Sketch of the medical history of the native army of Bombay, for the year
Year: 1875
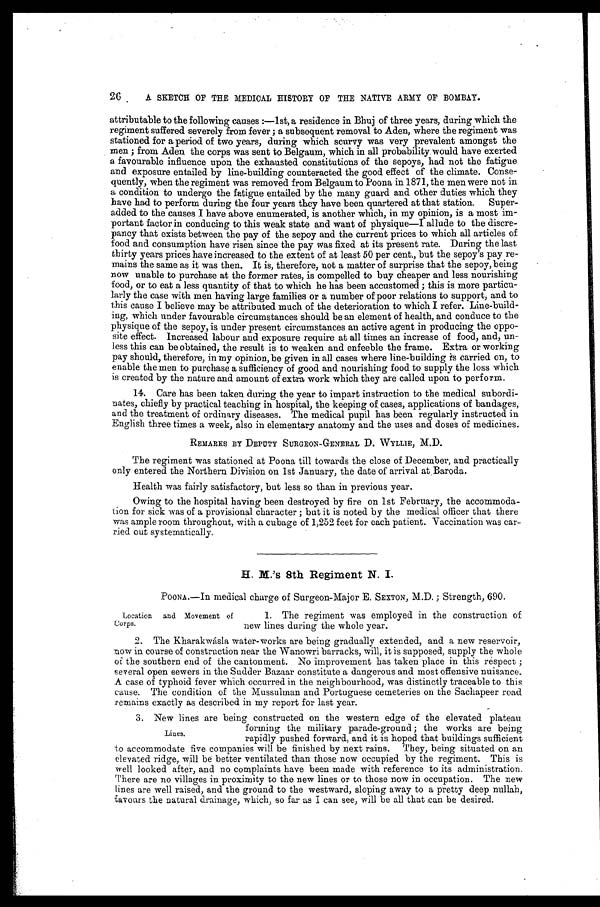
26
A SKETCH OF THE MEDICAL HISTORY OF THE NATIVE ARMY OF BOMBAY.
attributable to the following causes :—1st, a residence in Bhuj of three years, during which the
regiment suffered severely from fever ; a subsequent removal to Aden, where the regiment was
stationed for a period of two years, during which scurvy was very prevalent amongst the
men ; from Aden the corps was sent to Belgaum, which in all probability would have exerted
a favourable influence upon the exhausted constitutions of the sepoys, had not the fatigue
and exposure entailed by line-building counteracted the good effect of the climate. Conse
- q u e n t l y , w h e n t h e r e g i m e n t w a s r e m o v e d f r o m B e l g a u m t o P o o n a i n 1 8 7 1 , t h e m e n w e r e n o t i n
a condition to undergo the fatigue entailed by the many guard and other duties which they
have had to perform during the four years they have been quartered at that station. Super
-added to the causes I have above enumerated, is another which, in my opinion, is a most im
-portant factor in conducing to this weak state and want of physique—I allude to the discre
- p a n c y t h a t e x i s t s b e t w e e n t h e p a y o f t h e s e p o y a n d t h e c u r r e n t p r i c e s t o w h i c h a l l a r t i c l e s o f
food and consumption have risen since the pay was fixed at its present rate. During the last
thirty years prices have increased to the extent of at least 50 per cent., but the sepoy's pay re
- m a i n s t h e s a m e a s i t w a s t h e n . I t i s , t h e r e f o r e , n o t a m a t t e r o f s u r p r i s e t h a t t h e s e p o y , b e i n g
now unable to purchase at the former rates, is compelled to buy cheaper and less nourishing
food, or to eat a less quantity of that to which he has been accustomed ; this is more particu
- l a r l y t h e c a s e w i t h m e n h a v i n g l a r g e f a m i l i e s o r a n u m b e r o f p o o r r e l a t i o n s t o s u p p o r t , a n d t o
this cause I believe may be attributed much of the deterioration to which I refer. Line-build
- i n g , w h i c h u n d e r f a v o u r a b l e c i r c u m s t a n c e s s h o u l d b e a n e l e m e n t o f h e a l t h , a n d c o n d u c e t o t h e
physique of the sepoy, is under present circumstances an active agent in producing the oppo
-site effect. Increased labour and exposure require at all times an increase of food, and, un
- l e s s t h i s c a n b e o b t a i n e d , t h e r e s u l t i s t o w e a k e n a n d e n f e e b l e t h e f r a m e . E x t r a o r w o r k i n g
pay should, therefore, in my opinion, be given in all cases where line-building is carried on, to
enable the men to purchase a sufficiency of good and nourishing food to supply the loss which
is created by the nature and amount of extra work which they are called upon to perform.
14. Care has been taken during the year to impart instruction to the medical subordi
- n a t e s , c h i e f l y b y p r a c t i c a l t e a c h i n g i n h o s p i t a l , t h e k e e p i n g o f c a s e s , a p p l i c a t i o n s o f b a n d a g e s ,
and the treatment of ordinary diseases. The medical pupil has been regularly instructed in
English three times a week, also in elementary anatomy and the uses and doses of medicines.
REMARKS BY DEPUTY SURGEON-GENERAL D. WYLLIE, M.D.
The regiment was stationed at Poona till towards the close of December, and practically
only entered the Northern Division on 1st January, the date of arrival at Baroda.
Health was fairly satisfactory, but less so than in previous year.
Owing to the hospital having been destroyed by fire on 1st February, the accommoda
- t i o n f o r s i c k w a s o f a p r o v i s i o n a l c h a r a c t e r ; b u t i t i s n o t e d b y t h e m e d i c a l o f f i c e r t h a t t h e r e
was ample room throughout, with a cubage of 1,252 feet for each patient. Vaccination was car
- r i e d o u t s y s t e m a t i c a l l y .
H. M.'s 8th Regiment N. I.
POONA.—In medical charge of Surgeon-Major E. SEXTON, M.D.; Strength, 690.
Location and Movement of
Corps.
1. The regiment was employed in the construction of
new lines during the whole year.
2. The Kharakwásla water-works are being gradually extended, and a new reservoir,
now in course of construction near the Wanowri barracks, will, it is supposed, supply the whole
of the southern end of the cantonment. No improvement has taken place in this respect ;
several open sewers in the Sudder Bazaar constitute a dangerous and most offensive nuisance.
A case of typhoid fever which occurred in the neighbourhood, was distinctly traceable to this
cause. The condition of the Mussulman and Portuguese cemeteries on the Sachapeer road
r e m a i n s e x a c t l y a s d e s c r i b e d i n m y r e p o r t f o r l a s t y e a r .
3. New lines are being constructed on the western edge of the elevated plateau
forming the military parade-ground ; the works are being
rapidly pushed forward, and it is hoped that buildings sufficient
to accommodate five companies will be finished by next rains. They, being situated on an
elevated ridge, will be better ventilated than those now occupied by the regiment. This is
well looked after, and no complaints have been made with reference to its administration.
There are no villages in proximity to the new lines or to those now in occupation. The new
lines are well raised, and the ground to the westward, sloping away to a pretty deep nullah,
favours the natural drainage, which, so far as I can see, will be all that can be desired.
Lines.